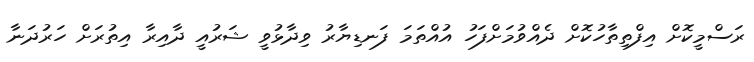
ރަސްމީކޮށް އިފްތިތާހުކޮށް ދެއްވުމަށްފަހު އުއްތަމަ ފަނޑިޔާރު ވިދާޅުވީ ޝަރުއީ ދާއިރާ އިތުރަށް ހަރުދަނާ